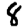
Digit: 8